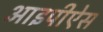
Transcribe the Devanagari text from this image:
आइपीऐस